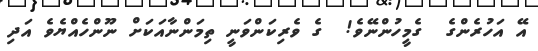
އޭ އަހުރެންގެ  ގެމީހުންނޭވެ!  ގެ ވެރިކަންވަނީ ތިމަންނާއަކަށް ނޫންހެއްޔެވެ އަދި